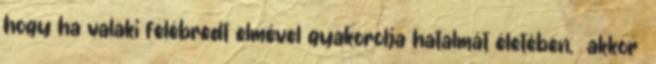
hogy ha valaki felébredt elmével gyakorolja hatalmát életében, akkor